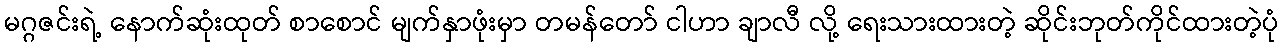
မဂ္ဂဇင်းရဲ့ နောက်ဆုံးထုတ် စာစောင် မျက်နှာဖုံးမှာ တမန်တော် ငါဟာ ချာလီ လို့ ရေးသားထားတဲ့ ဆိုင်းဘုတ်ကိုင်ထားတဲ့ပုံ